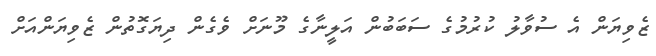
ޒެވިޔަން އެ ސުވާލު ކުރުމުގެ ސަބަބުން އަލީނާގެ މޫނަށް ވެގެން ދިޔަގޮތުން ޒެވިޔަންއަށް